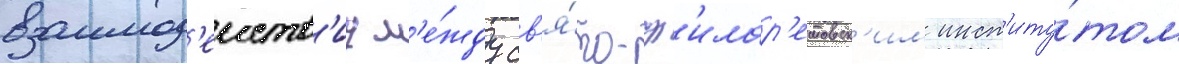
взаимод'еиств'иу м'е́жду св'я́то-ф'илар'етовск'им инст'иту́том